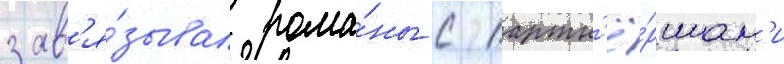
зав'я́зывал рома́ны с партн'ё́ршам'и